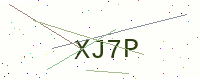
Text: XJ7P